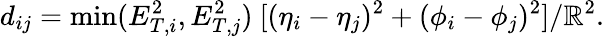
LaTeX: d_{ij}=\operatorname*{min}(E_{T,i}^{2},E_{T,j}^{2})\ [(\eta_{i}-\eta_{j})^{2}+(\phi_{i}-\phi_{j})^{2}]/\mathbb{R}^{2}.